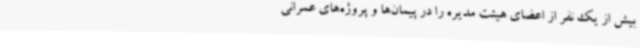
بیش از یک نفر از اعضای هیئت مدیره را در پیمان‌ها و پروژه‌های عمرانی